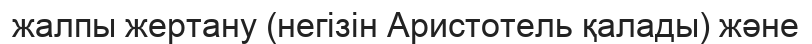
жалпы жертану (негізін Аристотель қалады) және